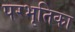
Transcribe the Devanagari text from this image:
परभृतिका